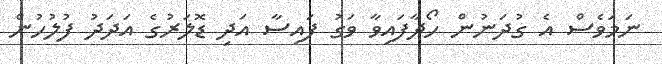
ނަމަވެސް އެ ގުދަނުން ހޯދާފައިވާ ވަގު ފައިސާ އަދި ޑޮލަރުގެ އަދަދު ފުލުހުން